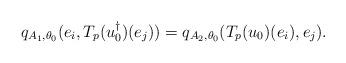
LaTeX: \begin{align*} q_{A_1,\theta_0}(e_i,T_p(u_0^{\dagger})(e_j))=q_{A_2,\theta_0}(T_p(u_0)(e_i),e_j).\end{align*}